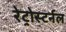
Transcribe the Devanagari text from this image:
रेट्रोस्टर्नल